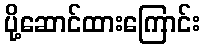
ပို့ဆောင်ထားကြောင်း